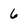
Character: 6